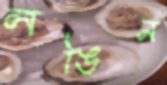
লঙিন